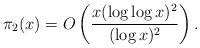
LaTeX: \begin{align*} \pi_2(x) = O \left( \frac{x (\log \log x)^2}{(\log x)^2} \right). \end{align*}